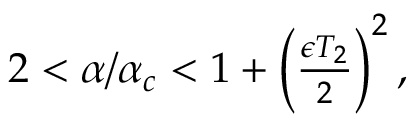
\begin{array} { r } { 2 < \alpha / \alpha _ { c } < 1 + \left( \frac { \epsilon T _ { 2 } } { 2 } \right) ^ { 2 } , } \end{array}